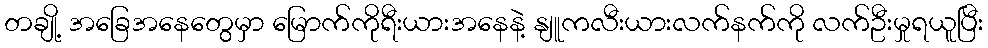
တချို့ အခြေအနေတွေမှာ မြောက်ကိုရီးယားအနေနဲ့ နျူကလီးယားလက်နက်ကို လက်ဦးမှုရယူပြီး